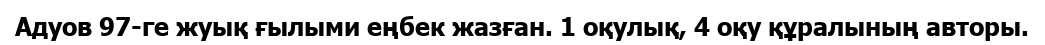
Адуов 97-ге жуық ғылыми еңбек жазған. 1 оқулық, 4 оқу құралының авторы.